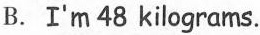
B.I'm 48 kilograms.